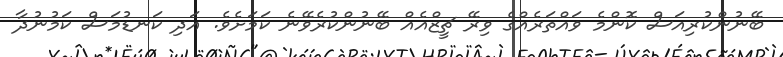
ބޭނުންކުރިއަސް ކޮންމެ ވައްތަރެއްގެ ވިރޭ ޗީޒްއެއް ބޭނުންކުރެވޭނެ ކަމަށެވެ. އަދި ކަނޑުމަސް ކަމުނުދާ